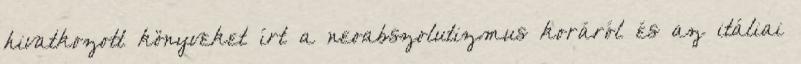
hivatkozott könyveket írt a neoabszolutizmus koráról és az itáliai